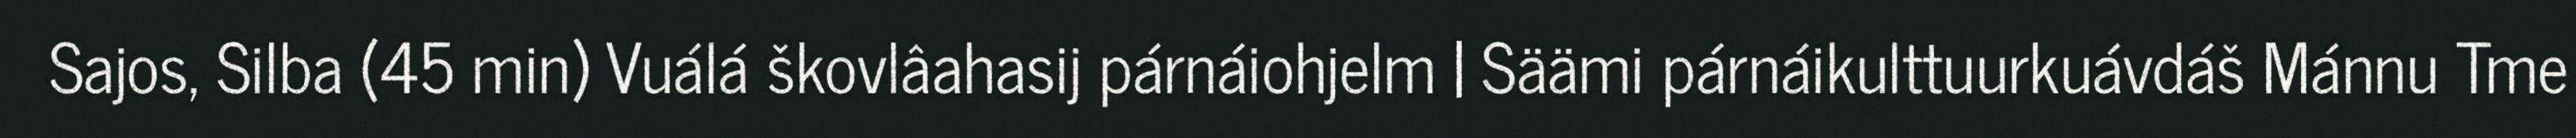
Sajos, Silba (45 min) Vuálá škovlâahasij párnáiohjelm | Säämi párnáikulttuurkuávdáš Mánnu Tme